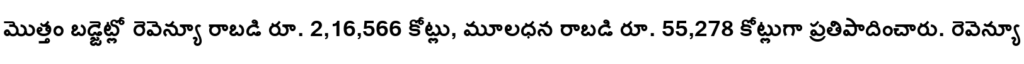
మొత్తం బడ్జెట్లో రెవెన్యూ రాబడి రూ. 2,16,566 కోట్లు, మూలధన రాబడి రూ. 55,278 కోట్లుగా ప్రతిపాదించారు. రెవెన్యూ